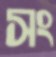
সং